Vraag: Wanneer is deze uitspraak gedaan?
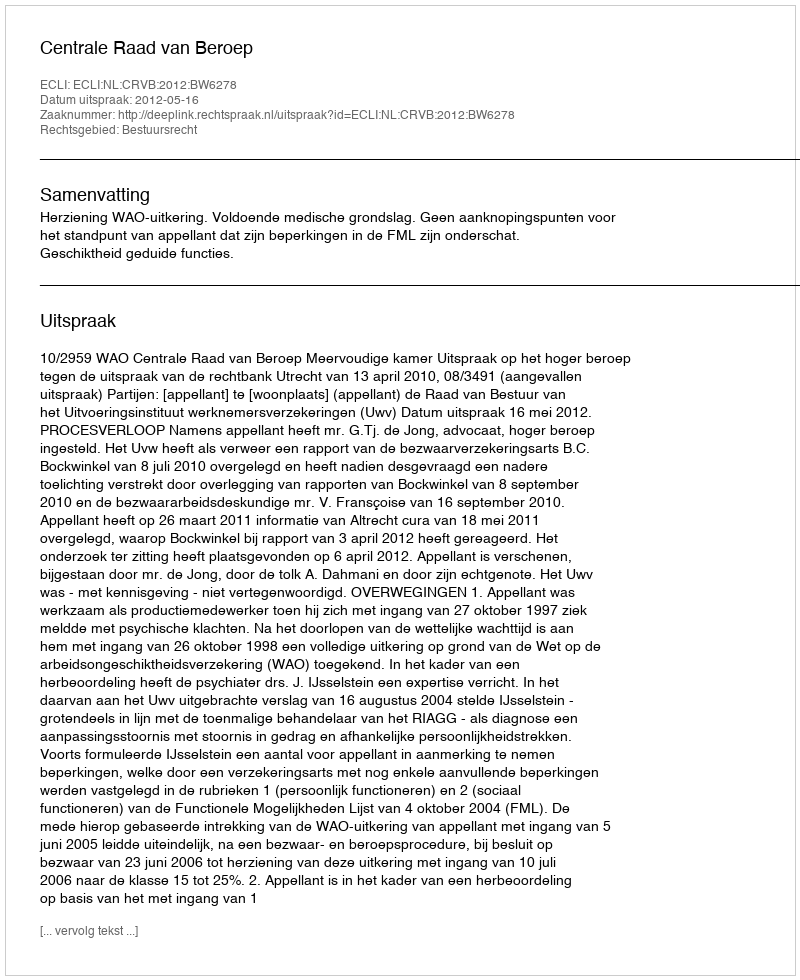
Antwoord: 2012-05-16